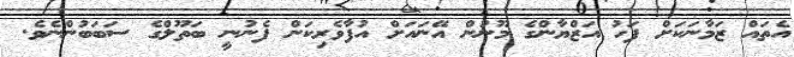
އެތައް ޒަމާނަކަށް ފަހު އަޒްޔާންގެ މޫނުން އޭނައަށް އުފާވެރިކަން ފެނުނީ ބަތޫލްގެ ސަބަބުންނެވެ.